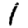
Digit: 1